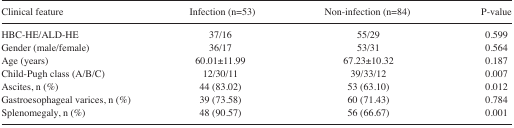
| Clinical feature | Infection (n=53) | Non-infection (n=84) | P-value |
 | --- | --- | --- | --- |
 | HBC-HE/ALD-HE | 37/16 | 55/29 | 0.599 |
 | Gender (male/female) | 36/17 | 53/31 | 0.564 |
 | Age (years) | 60.01±11.99 | 67.23±10.32 | 0.187 |
 | Child-Pugh class (A/B/C) | 12/30/11 | 39/33/12 | 0.007 |
 | Ascites, n (%) | 44 (83.02) | 53 (63.10) | 0.012 |
 | Gastroesophageal varices, n (%) | 39 (73.58) | 60 (71.43) | 0.784 |
 | Splenomegaly, n (%) | 48 (90.57) | 56 (66.67) | 0.001 |